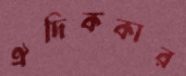
ঐদিককার